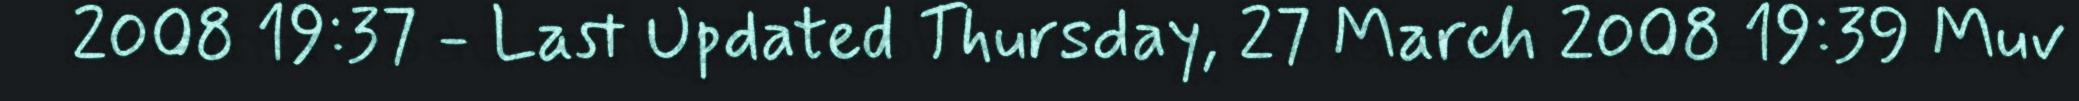
2008 19:37 - Last Updated Thursday, 27 March 2008 19:39 Muv